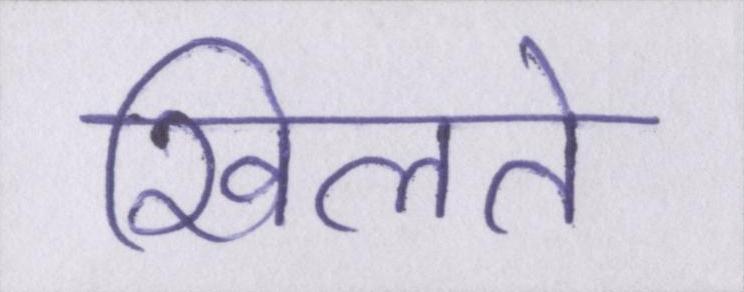
खिलते